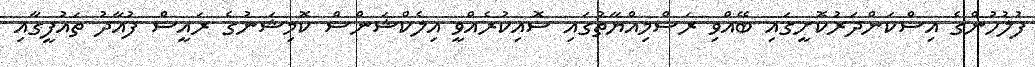
ފުލުހުންގެ އިސްކަންދަރުކޮށީގައި ބޭއްވި ރަސްމިއްޔާތުގައި ސޮއިކުރެއްވީ އިލެކްޝަންސް ކޮމިޝަނުގެ ރައީސް ފުއާދު ތައުފީގާއި